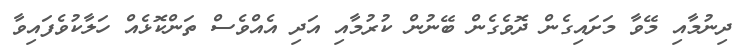
ދިނުމާއި މޭވާ މަށައިގެން ދޮވެގެން ބޭނުން ކުރުމާއި އަދި އެއްވެސް ތަންކޮޅެއް ހަލާކުވެފައިވާ